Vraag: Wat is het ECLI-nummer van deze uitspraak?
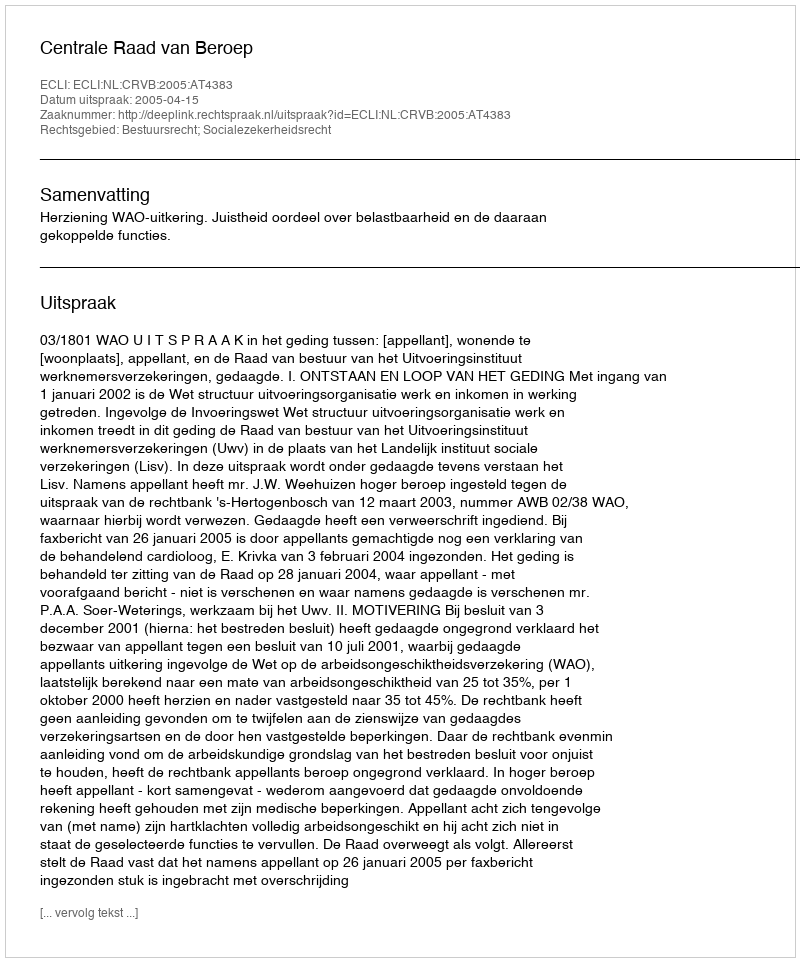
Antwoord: ECLI:NL:CRVB:2005:AT4383